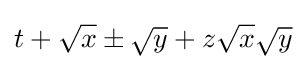
t+{\sqrt {x}}\pm {\sqrt {y}}+z{\sqrt {x}}{\sqrt {y}}